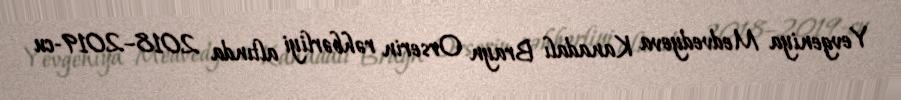
Yevgeniya Medvedyeva Kanadalı Brayn Orserin rəhbərliyi altında 2018–2019-cu